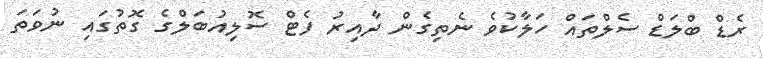
ރެޑް ބްލަޑް ސެލްތައް ހަލާކުވެ ނެތިގެން ދާއިރު ފެޓް ސޮލިއުބަލްގެ ގޮތުގައި ނުވަތަ